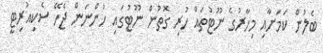
ބެލުން ކަމަށާއި މިހާރުގެ ނޫޓުތައް ހުރި ގޮތުން ނޫޓުގައި ހުންނަން ޖެހޭ ސެކިއުރިޓީ